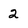
Character: 2